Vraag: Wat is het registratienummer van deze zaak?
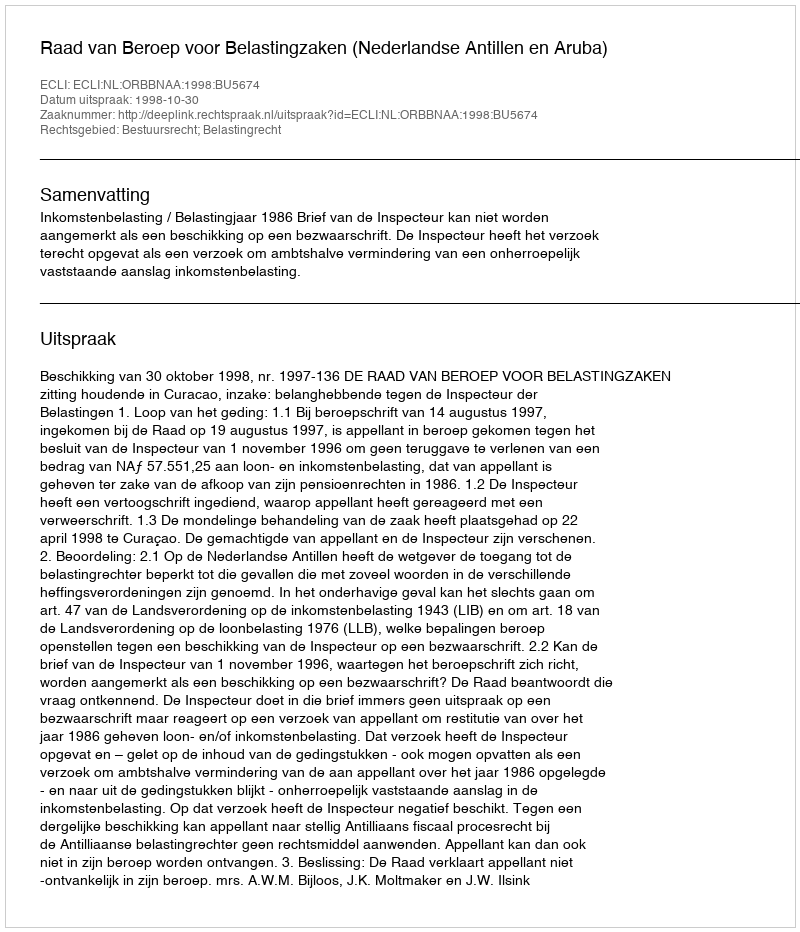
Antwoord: http://deeplink.rechtspraak.nl/uitspraak?id=ECLI:NL:ORBBNAA:1998:BU5674